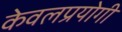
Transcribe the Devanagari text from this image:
केवलप्रयोगी